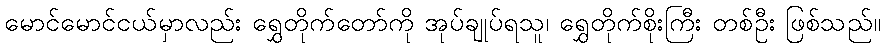
မောင်မောင်ငယ်မှာလည်း ရွှေတိုက်တော်ကို အုပ်ချုပ်ရသူ၊ ရွှေတိုက်စိုးကြီး တစ်ဦး ဖြစ်သည်။